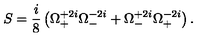
S = \frac { i } { 8 } \left( \Omega _ { + } ^ { + 2 i } \Omega _ { - } ^ { - 2 i } + \Omega _ { - } ^ { + 2 i } \Omega _ { + } ^ { - 2 i } \right) .